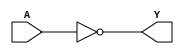
// inverter
`timescale 1ns/10ps
module inv(A, Y);
input A;
output Y;

assign Y = ~A;

endmodule

// ---------testbench of inv------
module inv_tb;
reg aa;
wire yy;

inv inv(.A(aa), .Y(yy));
initial begin
		
				aa<=0;
		#10     aa<=1;
		#10     aa<=0;
		#10     aa<=1;
		#10     aa<=0;
		#10     $stop;
end

initial begin
			$dumpfile("wave.vcd"); // dumpfile
			$dumpvars; // dump all vars
end
endmodule